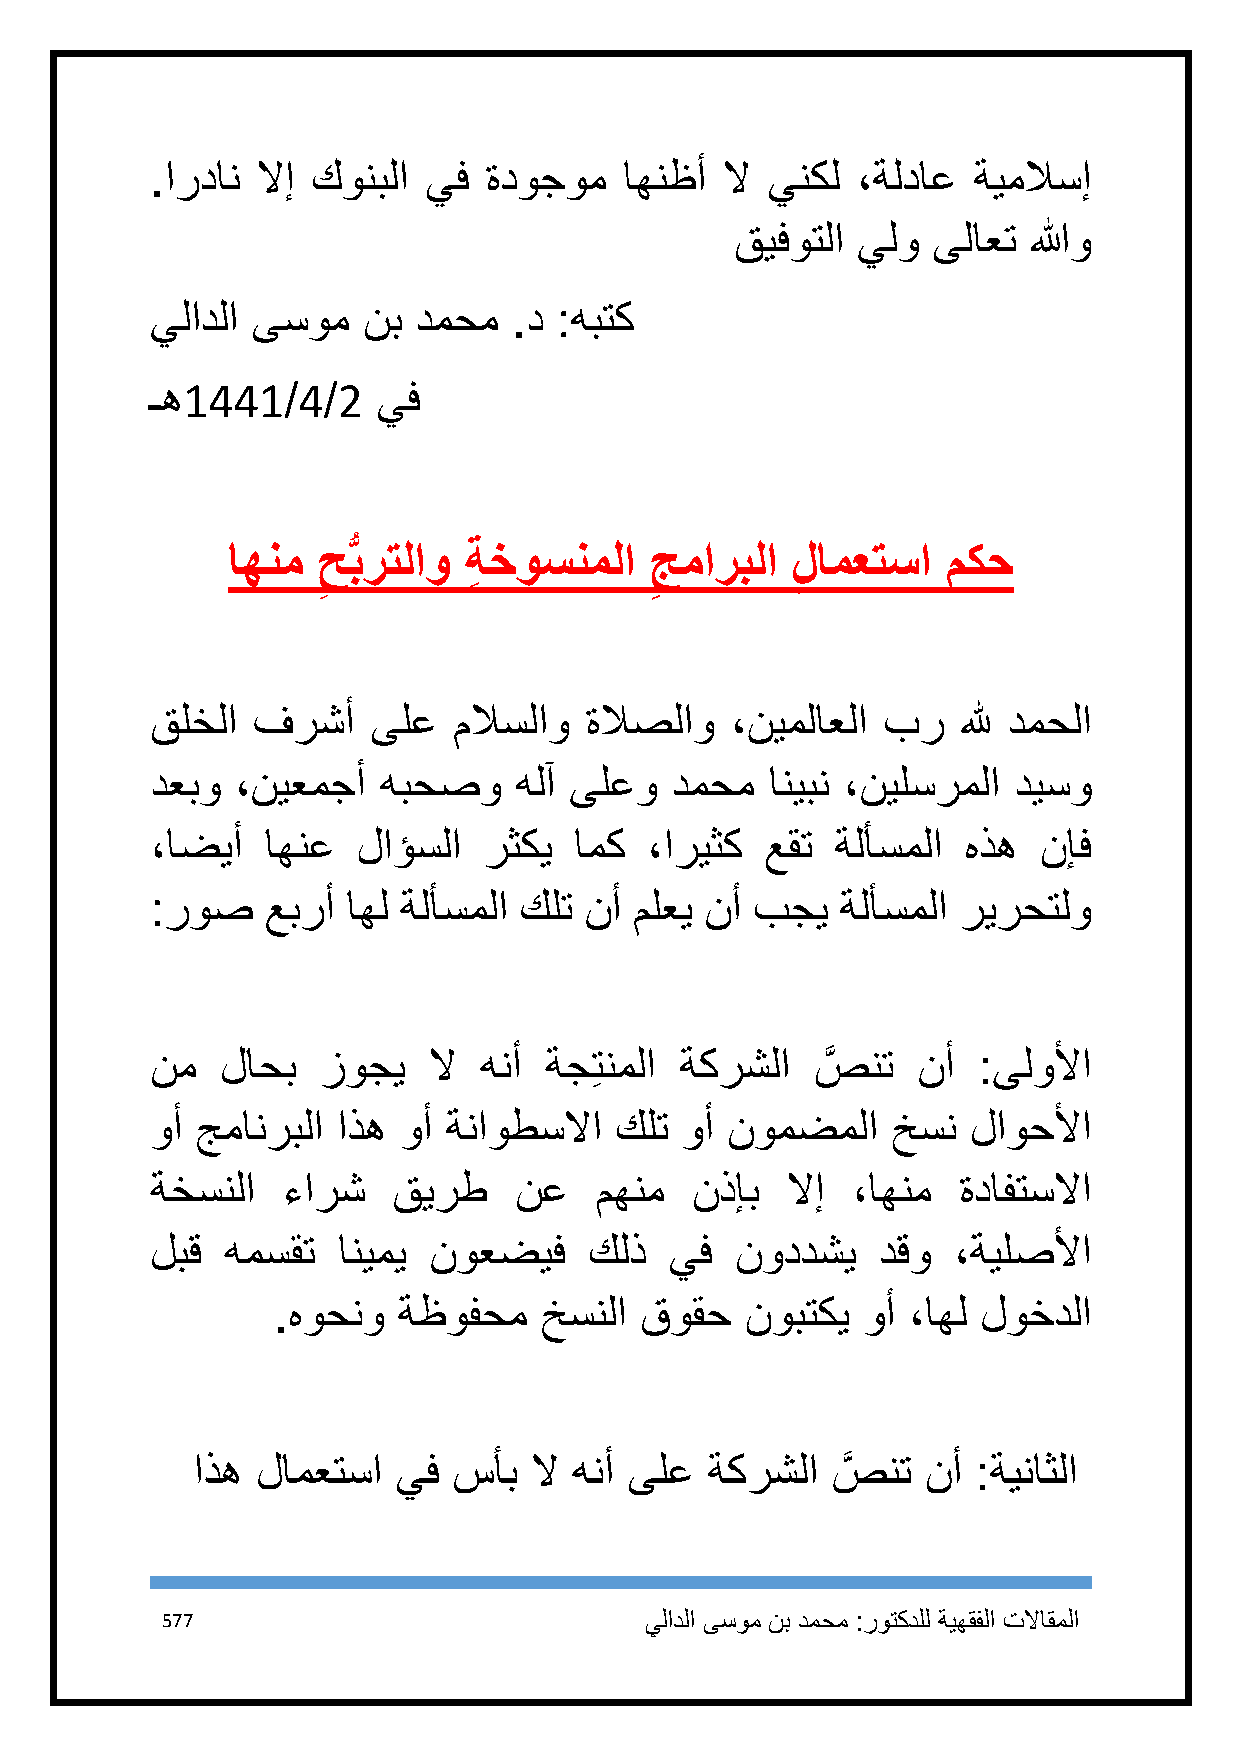
.اردان لاإ كونبلا يف  ةدوجوم   اهنظأ  لا ينكل  ،ةلداع ةيملاسإ
 قيفوتلا يلو  ىلاعت اللهو
 يلادلا ىسوم   نب دمحم   .د :هبتك
 ـه1441/4/2     يف
 اهنم  ح برتلاو  ةِ خوسنملا  جماربلا  لامعتسا    مكح
 ِ                     ِ         ِ
 قلخلا  فرشأ    ىلع  ملاسلاو  ةلاصلاو  ،نيملاعلا بر    لله دمحلا
 دعبو  ،نيعمجأ  هبحصو    هلآ ىلعو  دمحم   انيبن ،نيلسرملا ديسو
 ،اضيأ   اهنع  لاؤسلا  رثكي  امك  ،اريثك  عقت ةلأسملا  هذه  نإف
 :روص    عبرأ اهل ةلأسملا كلت نأ ملعي نأ بجي   ةلأسملا ريرحتلو
 نم   لاحب  زوجي   لا  هنأ ةجِتنملا ةكرشلا   صَّ نت نأ  :ىلولأا
 وأ جمانربلا اذه وأ  ةناوطسلاا  كلت وأ نومضملا    خسن  لاوحلأا
 ةخسنلا   ءارش   قيرط    نع   مهنم   نذإب  لاإ ،اهنم  ةدافتسلاا
 لبق  همسقت  انيمي نوعضيف     كلذ  يف   نوددشي   دقو  ،ةيلصلأا
 .هوحنو  ةظوفحم    خسنلا قوقح   نوبتكي  وأ ،اهل لوخدلا
 اذه لامعتسا  يف  سأب  لا هنأ ىلع  ةكرشلا  صَّ نت نأ :ةيناثلا
 577                             يلادلا ىسوم نب دمحم :روتكدلل ةيهقفلا تلااقملا